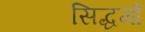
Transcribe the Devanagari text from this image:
सिद्धर्मा